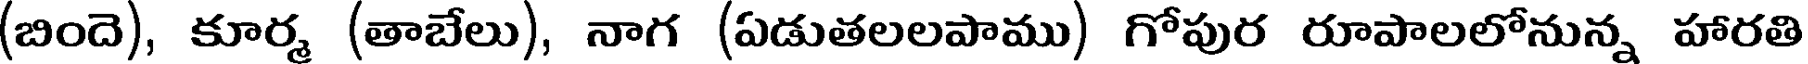
(బిందె), కూర్మ (తాబేలు), నాగ (ఏడుతలలపాము) గోపుర రూపాలలోనున్న హారతి